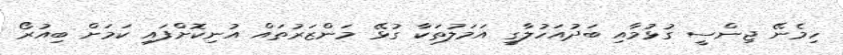
ހިމެނޭ ޖިންސީ ގުޅުމާއި ބަދުއަހުލާގީ އަމަލުތަކާ ގުޅޭ މަންޒަރުތައް އުނިކޮށްފައި ކަމަށް ބިއުރޯ